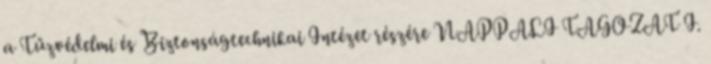
a Tűzvédelmi és Biztonságtechnikai Intézet részére NAPPALI TAGOZAT I.